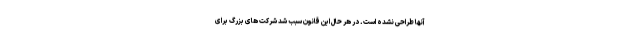
آنها طراحی نشده است. در هر حال این قانون سبب شد شرکت های بزرگ برای